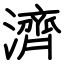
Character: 濟